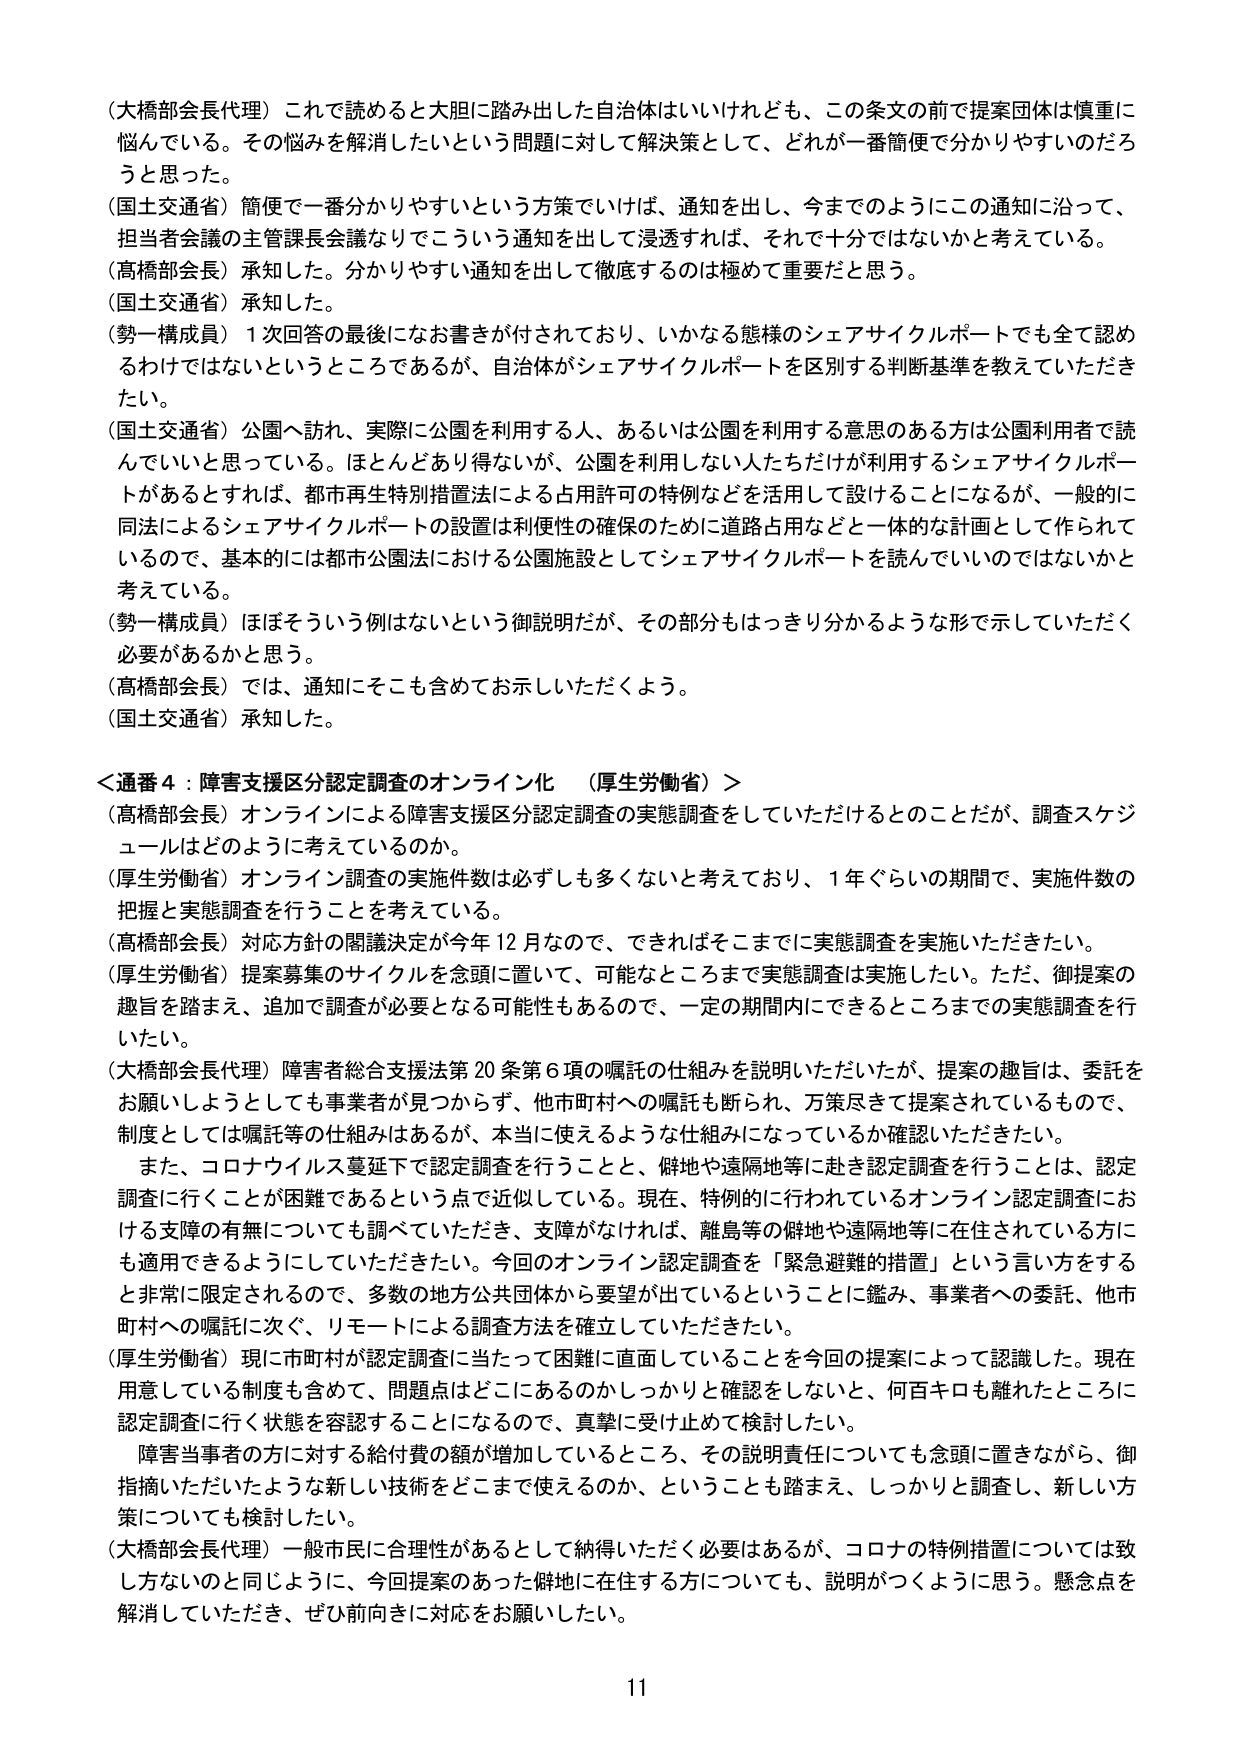
（大橋部会長代理）これで読めると大胆に踏み出した自治体はいいけれども、この条文の前で提案団体は慎重に悩んでいる。その悩みを解消したいという問題に対して解決策として、どれが一番簡便で分かりやすいのだろうと思った。

（国土交通省）簡便で一番分かりやすいという方策でいけば、通知を出し、今までのようにこの通知に沿って、担当者会議の主管課長会議なりでこういう通知を出して浸透すれば、それで十分ではないかと考えている。

（高橋部会長）承知した。分かりやすい通知を出して徹底するのは極めて重要だと思う。

（国土交通省）承知した。

（勢一構成員）1次回答の最後になお書きが付されており、いかなる態様のシェアサイクルポートでも全て認めるわけではないというところであるが、自治体がシェアサイクルポートを区別する判断基準を教えていただきたい。

（国土交通省）公園へ訪れ、実際に公園を利用する人、あるいは公園を利用する意思のある方は公園利用者で読んでいいと思っている。ほとんどあり得ないが、公園を利用しない人たちだけが利用するシェアサイクルポートがあるとすれば、都市再生特別措置法による占用許可の特例などを活用して設けることになるが、一般的に同法によるシェアサイクルポートの設置は利便性の確保のために道路占用などと一体的な計画として作られているので、基本的には都市公園法における公園施設としてシェアサイクルポートを読んでいいのではないかと考えている。

（勢一構成員）ほぼそういう例はないという御説明だが、その部分もはっきり分かるような形で示していただく必要があるかと思う。

（高橋部会長）では、通知にそこも含めてお示しいただくよう。

（国土交通省）承知した。

＜通番4：障害支援区分認定調査のオンライン化 （厚生労働省）＞

（高橋部会長）オンラインによる障害支援区分認定調査の実態調査をしていただけるとのことだが、調査スケジュールはどのように考えているのか。

（厚生労働省）オンライン調査の実施件数は必ずしも多くないと考えており、1年ぐらいの期間で、実施件数の把握と実態調査を行うことを考えている。

（高橋部会長）対応方針の閣議決定が今年12月なので、できればそこまでに実態調査を実施いただきたい。

（厚生労働省）提案募集のサイクルを念頭に置いて、可能なところまで実態調査を実施したい。ただ、御提案の趣旨を踏まえ、追加で調査が必要となる可能性もあるので、一定の期間内にできるところまでの実態調査を行いたい。

（大橋部会長代理）障害者総合支援法第20条第6項の嘱託の仕組みを説明いただいたが、提案の趣旨は、委託をお願いしようとしても事業者が見つからず、他市町村への嘱託も断られ、万策尽きて提案されているもので、制度としては嘱託等の仕組みはあるが、本当に使えるような仕組みになっているか確認いただきたい。

また、コロナウイルス蔓延下で認定調査を行うことと、僻地や遠隔地等に赴き認定調査を行うことは、認定調査に行くことが困難であるという点で近似している。現在、特例的に行われているオンライン認定調査における支援の有無についても調べていただき、支援がなければ、離島等の僻地や遠隔地等に在住されている方にも適用できるようにしていただきたい。今回のオンライン認定調査を「緊急避難的措置」という言い方をすると非常に限定されるので、多数の地方公共団体から要望が出ているということに鑑み、事業者への委託、他市町村への嘱託に次ぐ、リモートによる調査方法を確立していただきたい。

（厚生労働省）現に市町村が認定調査に当たって困難に直面していることを今回の提案によって認識した。現在用意している制度も含めて、問題点はどこにあるのかしっかりと確認をしないと、何百キロも離れたところに認定調査に行く状態を容認することになるので、真摯に受け止めて検討したい。

障害当事者の方に対する給付費の額が増加しているところ、その説明責任についても念頭に置きながら、御指摘いただいたような新しい技術をどこまで使えるのか、ということも踏まえ、しっかりと調査し、新しい方策についても検討したい。

（大橋部会長代理）一般市民に合理性があるとして納得いただく必要はあるが、コロナの特例措置については致し方ないのと同じように、今回提案のあった僻地に在住する方についても、説明がつくように思う。懸念点を解消していただき、ぜひ前向きに対応をお願いしたい。

11